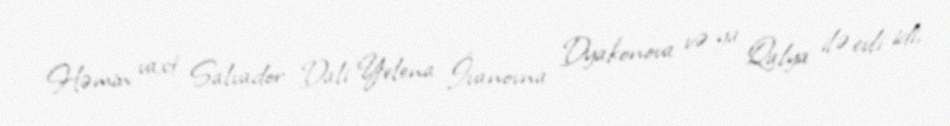
Həmin vaxt Salvador Dali Yelena İvanovna Dyakonova və ya Qalya ilə evli idi,